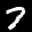
Label: 7